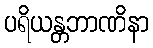
ပရိယန္တဘာဏိနာ